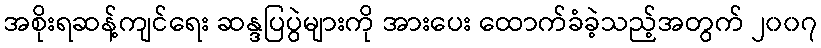
အစိုးရဆန့်ကျင်ရေး ဆန္ဒပြပွဲများကို အားပေး ထောက်ခံခဲ့သည့်အတွက် ၂၀၀၇